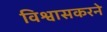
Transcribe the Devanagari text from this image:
विश्वासकरने